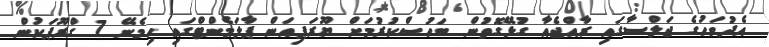
އެދުވަހުގެ ޖަލްސާގައި ރާއްޖެއާ ގުޅޭގޮތުން ބަހުސްކުރުމަށް ޔޫރަޕިއަން ޕާލަމެންޓްގައި ހިމެނޭ 7 ގްރޫޕަކުން